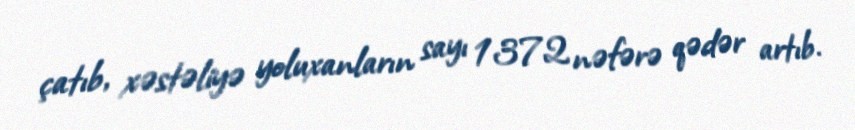
çatıb, xəstəliyə yoluxanların sayı 1372 nəfərə qədər artıb.